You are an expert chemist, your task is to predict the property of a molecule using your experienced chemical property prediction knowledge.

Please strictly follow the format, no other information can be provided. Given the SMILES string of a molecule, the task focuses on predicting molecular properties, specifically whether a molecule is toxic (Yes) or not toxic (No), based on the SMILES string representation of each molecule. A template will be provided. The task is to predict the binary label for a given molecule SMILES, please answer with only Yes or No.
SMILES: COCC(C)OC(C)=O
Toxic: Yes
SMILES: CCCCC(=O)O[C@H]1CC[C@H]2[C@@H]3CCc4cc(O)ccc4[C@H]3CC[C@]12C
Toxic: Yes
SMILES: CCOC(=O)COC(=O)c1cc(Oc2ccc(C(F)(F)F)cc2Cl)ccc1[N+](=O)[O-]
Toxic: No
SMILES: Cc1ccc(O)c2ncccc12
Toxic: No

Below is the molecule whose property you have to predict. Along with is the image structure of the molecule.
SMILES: COC(=O)Cc1ccccc1
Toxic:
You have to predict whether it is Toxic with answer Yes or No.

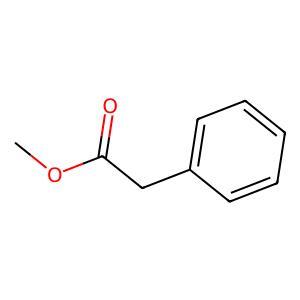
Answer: No